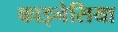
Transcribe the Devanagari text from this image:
काइनेसिया